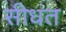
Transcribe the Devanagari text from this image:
सीधंत